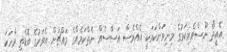
އެއީތޯ ނޫސްވެރިކަމުގެ މިނިވަންކަމަކީ އެއްވެސް އަސާސެއް ނެތްކަމެއްގެ މައްޗަށް އެވަރުގެ ބޮޑެތި ވާހަކަ